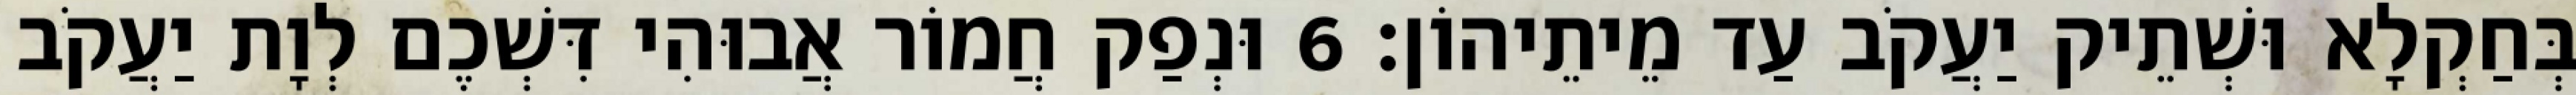
בְּחַקְלָא וּשְׁתֵיק יַעֲקֹב עַד מֵיתֵיהוֹן׃ 6 וּנְפַק חֲמוֹר אֲבוּהִי דִּשְׁכֶם לְוָת יַעֲקֹב